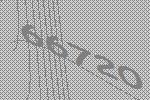
66720